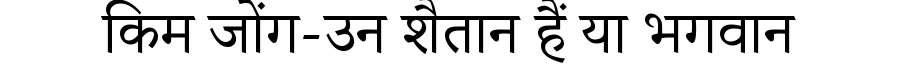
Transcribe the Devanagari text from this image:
किम जोंग-उन शैतान हैं या भगवान